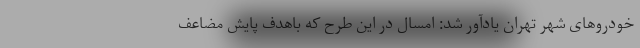
خودروهای شهر تهران یادآور شد: امسال در این طرح که باهدف پایش مضاعف